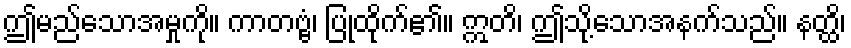
ဤမည်သောအမှုကို။ ကာတဗ္ဗံ၊ ပြုထိုက်၏။ ဣတိ၊ ဤသို့သောအနက်သည်။ နတ္ထိ၊